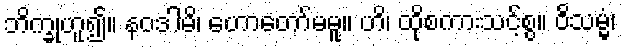
ဘိက္ခုဟူ၍။ နဝဒါမိ၊ ဟောတော်မမူ။ ဟိ၊ ထိုစကားသင့်စွ။ ဝိသမ္မံ၊